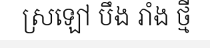
ស្រឡៅ បឹង រាំង ថ្មី